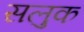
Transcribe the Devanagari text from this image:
सलुक